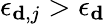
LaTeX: {\epsilon_{{\mathbf{d}},j}}>{\epsilon_{\mathbf{d}}}